Report on the treatment of epidemic cholera: from information collected by the governments of Bengal, Madras, Bombay, N.W. Provinces, Punjab, Oudh, and Central India, by order of the Government of India
Disease focus: Cholera
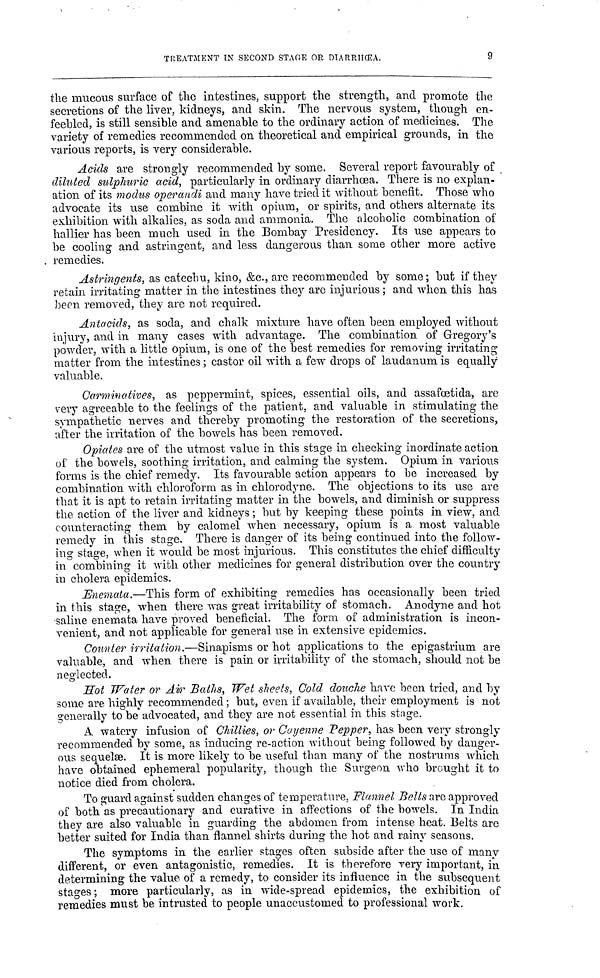
TREATMENT IN SECOND STAGE OR DIARRHŒA.
9
the mucous surface of the intestines, support the strength, and promote the
secretions of the liver, kidneys, and skin. The nervous system, though en-
feebled, is still sensible and amenable to the ordinary action of medicines. The
variety of remedies recommended on theoretical and empirical grounds, in the
various reports, is very considerable.
Adds are strongly recommended by some. Several report favourably of
diluted sulphuric acid, particularly in ordinary diarrhœa. There is no explan-
ation of its modus operandi and many have tried it without benefit. Those who
advocate its use combine it with opium, or spirits, and others alternate its
exhibition with alkalies, as soda and ammonia. The alcoholic combination of
hallier has been much used in the Bombay Presidency. Its use appears to
be cooling and astringent, and less dangerous than some other more active
remedies.
Astringents, as catechu, kino, &c., are recommended by some; but if they
retain irritating matter in the intestines they are injurious; and when this has
been removed, they are not required.
Antacids, as soda, and chalk mixture have often been employed without
injury, and in many cases with advantage. The combination of Gregory's
powder, with a little opium, is one of the best remedies for removing irritating
matter from the intestines ; castor oil with a few drops of laudanum is equally
valuable.
Carminatives, as peppermint, spices, essential oils, and assafœtida, are
very agreeable to the feelings of the patient, and valuable in stimulating the
sympathetic nerves and thereby promoting the restoration of the secretions,
after the irritation of the bowels has been removed.
Opiates are of the utmost value in this stage in checking inordinate action
of the bowels, soothing irritation, and calming the system. Opium in various
forms is the chief remedy. Its favourable action appears to be increased by
combination with chloroform as in chlorodyne. The objections to its use are
that it is apt to retain irritating matter in the bowels, and diminish or suppress
the action of the liver and kidneys ; but by keeping these points in view, and
counteracting them by calomel when necessary, opium is a most valuable
remedy in this stage. There is danger of its being continued into the follow-
ing stage, when it would be most injurious. This constitutes the chief difficulty
in combining it with other medicines for general distribution over the country
in cholera epidemics.
Enemata.—This form of exhibiting remedies has occasionally been tried
in this stage, when there was great irritability of stomach. Anodyne and hot
saline enemata have proved beneficial. The form of administration is incon-
venient, and not applicable for general use in extensive epidemics.
Counter irritation.—Sinapisms or hot applications to the epigastrium are
valuable, and when there is pain or irritability of the stomach, should not be
neglected.
Hot Water or Ain Baths, Wet sheets, Cold douche have been tried, and by
some are highly recommended ; but, even if available, their employment is not
generally to be advocated, and they are not essential in this stage.
A watery infusion of Chillies, or Cayenne Pepper, has been very strongly
recommended by some, as inducing re-action without being followed by danger-
ous sequelae. It is more likely to be useful than many of the nostrums which
have obtained ephemeral popularity, though the Surgeon who brought it to
notice died from cholera.
To guard against sudden changes of temperature, Flannel Belts are approved
of both as precautionary and curative in affections of the bowels. In India
they are also valuable in guarding the abdomen from intense heat. Belts are
better suited for India than flannel shirts during the hot and rainy seasons.
The symptoms in the earlier stages often subside after the use of many
different, or even antagonistic, remedies. It is therefore very important, in
determining the value of a remedy, to consider its influence in the subsequent
stages; more particularly, as in wide-spread epidemics, the exhibition of
remedies must be intrusted to people unaccustomed to professional work.